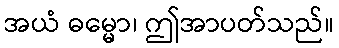
အယံ ဓမ္မော၊ ဤအာပတ်သည်။